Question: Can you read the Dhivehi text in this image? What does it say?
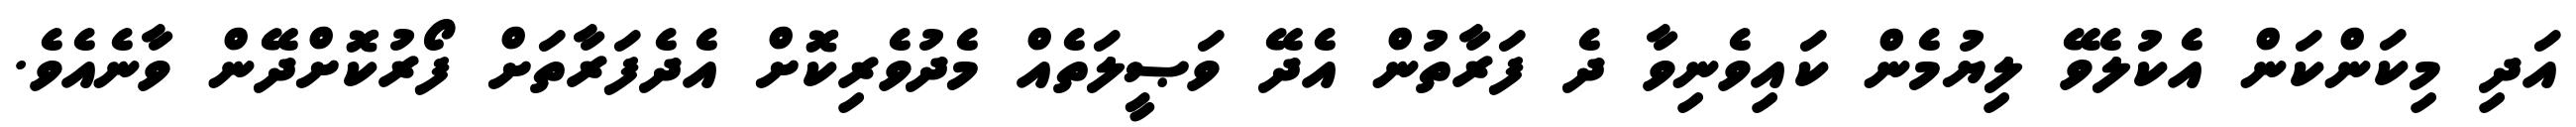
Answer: އަދި މިކަންކަން އެކުލެވޭ ލިޔުމެން ކައިވެނިވާ ދެ ފަރާތުން އެދޭ ވަޞީލަތެއް މެދުވެރިކޮށް އެދެފަރާތަށް ފޯރުކޮށްދޭން ވާނެއެވެ.